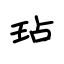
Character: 玷